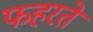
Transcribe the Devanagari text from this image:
फहरते